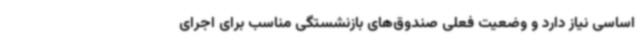
اساسی نیاز دارد و وضعیت فعلی صندوق‌های بازنشستگی مناسب برای اجرای